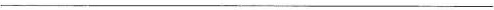
___